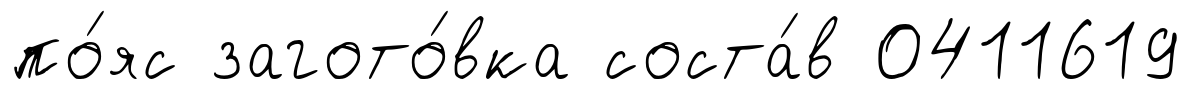
по́яс загото́вка соста́в 0411619